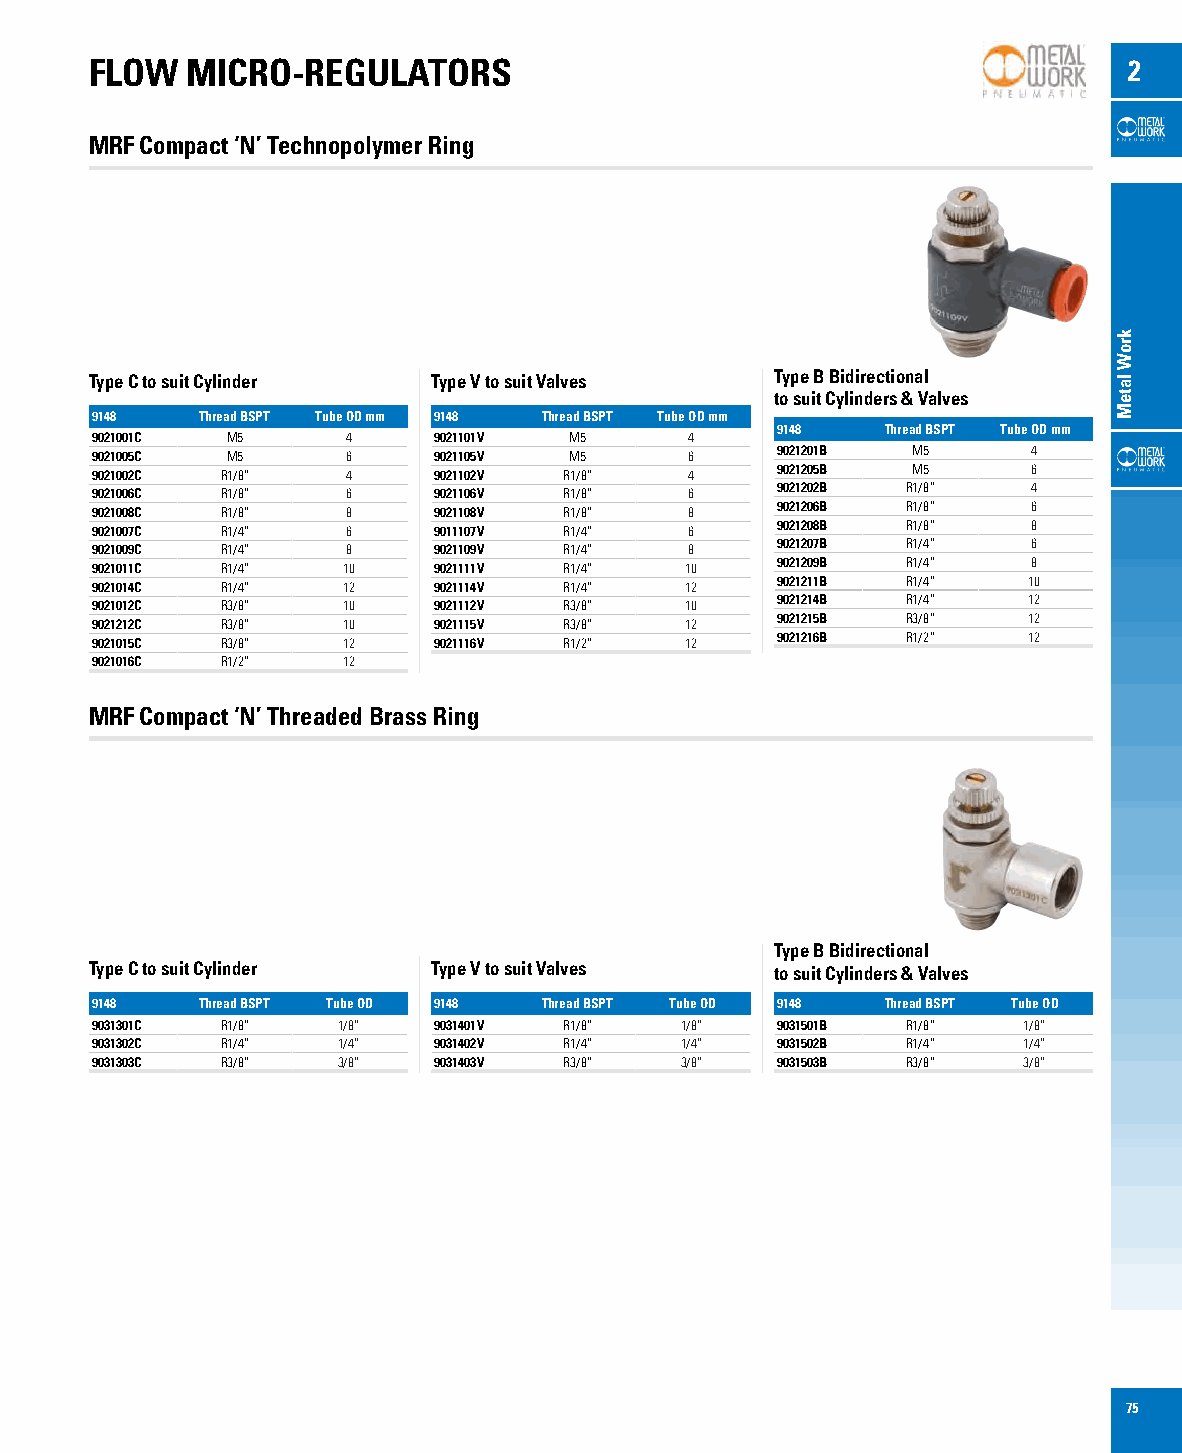
FLOW  MICRO-REGULATORS                                               2
 MRF Compact ‘N’ Technopolymer Ring
 Type C to suit Cylinder Type V to suit Valves Type B Bidirectional
 to suit Cylinders & Valves
 9148   Thread BSPT Tube OD mm 9148 Thread BSPT Tube OD mm
 9148    Thread BSPT Tube OD mm
 9021001C M5      4     9021101V M5      4
 9021005C M5      6     9021105V M5      6    9021201B M5      4
 9021002C R1/8”   4     9021102V R1/8”   4    9021205B M5      6
 9021006C R1/8”   6     9021106V R1/8”   6    9021202B R1/8”   4
 9021008C R1/8”   8     9021108V R1/8”   8    9021206B R1/8”   6
 9021007C R1/4”   6     9011107V R1/4”   6    9021208B R1/8”   8
 9021009C R1/4”   8     9021109V R1/4”   8    9021207B R1/4”   6
 9021011C R1/4”   10    9021111V R1/4”  10    9021209B R1/4”   8
 9021014C R1/4”   12    9021114V R1/4”  12    9021211B R1/4”   10
 9021012C R3/8”   10    9021112V R3/8”  10    9021214B R1/4”   12
 9021212C R3/8”   10    9021115V R3/8”  12    9021215B R3/8”   12
 9021015C R3/8”   12    9021116V R1/2”  12    9021216B R1/2”   12
 9021016C R1/2”   12
 MRF Compact ‘N’ Threaded Brass Ring
 Type B Bidirectional
 Type C to suit Cylinder Type V to suit Valves to suit Cylinders & Valves
 9148   Thread BSPT Tube OD 9148 Thread BSPT Tube OD 9148 Thread BSPT Tube OD
 9031301C R1/8”  1/8”   9031401V R1/8”  1/8”  9031501B R1/8”   1/8”
 9031302C R1/4”  1/4”   9031402V R1/4”  1/4”  9031502B R1/4”   1/4”
 9031303C R3/8”  3/8”   9031403V R3/8”  3/8”  9031503B R3/8”   3/8”
 75
 kroW
 lateM